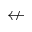
\nleftarrow